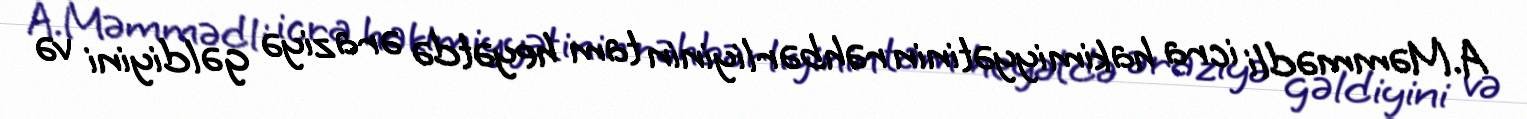
A.Məmmədli icra hakimiyyətinin rəhbərliyinin tam heyətdə əraziyə gəldiyini və